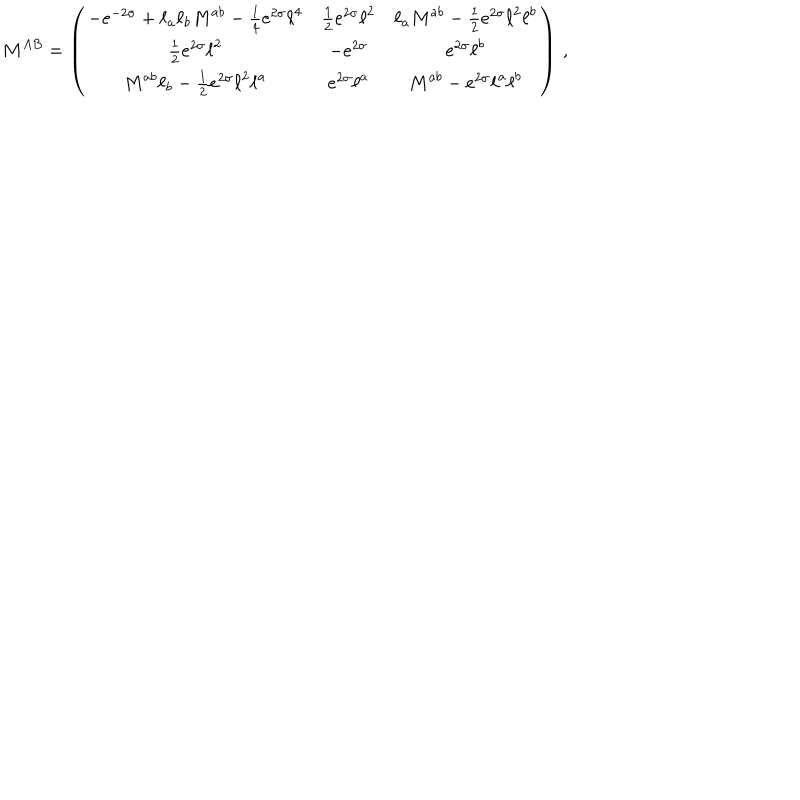
LaTeX: M ^ { A B } = \left( \begin{array} { c c c } { { - e ^ { - 2 \sigma } + \ell _ { a } \ell _ { b } { { M } } ^ { a b } - \frac { 1 } { 4 } e ^ { 2 \sigma } { \ell } ^ { 4 } } } & { { \frac { 1 } { 2 } e ^ { 2 { \sigma } } { \ell } ^ { 2 } } } & { { { \ell } _ { a } { M } ^ { a b } - \frac { 1 } { 2 } e ^ { 2 { \sigma } } { \ell } ^ { 2 } { \ell } ^ { b } } } \\ { { \frac { 1 } { 2 } e ^ { 2 { \sigma } } { \ell } ^ { 2 } } } & { { - e ^ { 2 \sigma } } } & { { e ^ { 2 { \sigma } } { \ell } ^ { b } } } \\ { { { M } ^ { a b } { \ell } _ { b } - \frac { 1 } { 2 } e ^ { 2 { \sigma } } { \ell } ^ { 2 } { \ell } ^ { a } } } & { { e ^ { 2 { \sigma } } { \ell } ^ { a } } } & { { { M } ^ { a b } - e ^ { 2 \sigma } { \ell } ^ { a } { \ell } ^ { b } } } \\ \end{array} \right) \, ,